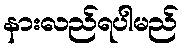
နားလည်ရပါမည်